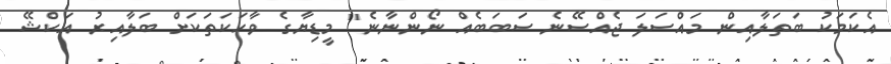
އެކަމަކު ބަތަލާއިން މައްސަލަ ޖެއްސޭނެ ސަބަބެއް ނޯންނާނެ" މީޑިޔާގެ ވާހަކަތަކަށް ބަލާއިރު އަކްޝޭ